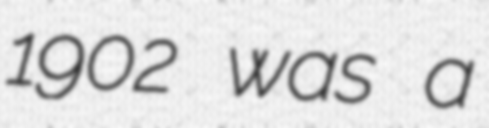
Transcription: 1902 was a